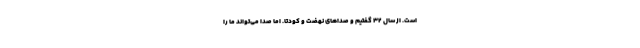
است. از سال 32 گفتیم و صداهای نهضت و کودتا. اما صدا می‌تواند ما را